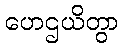
ဟေဌယိတွာ